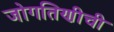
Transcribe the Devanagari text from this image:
जोगतिणीची